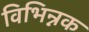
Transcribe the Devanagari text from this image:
विभिन्नक